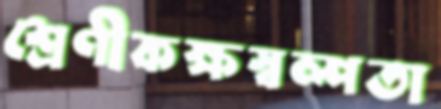
শ্রেণীকক্ষস্বল্পতা